Indian journal of veterinary science and animal husbandry - Volume 6,
Year: 1936
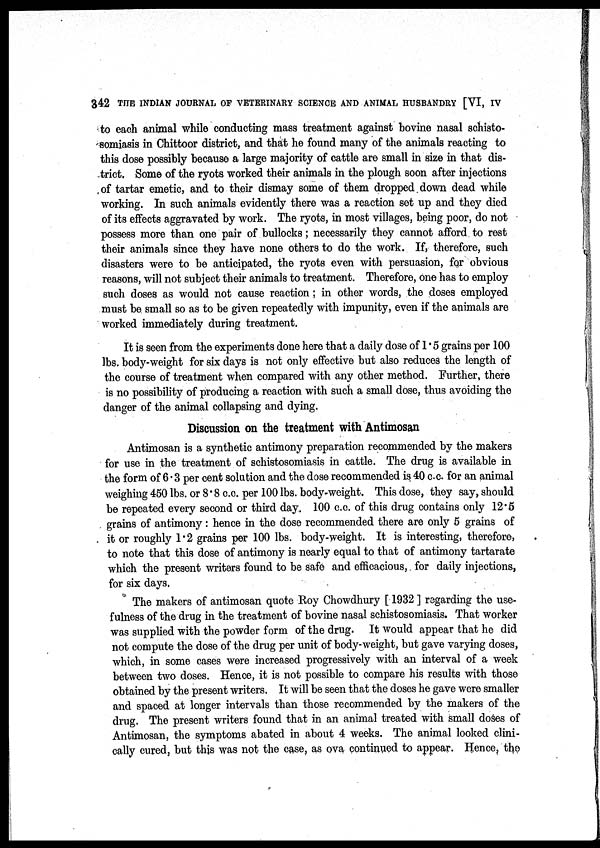
342 THE INDIAN JOURNAL OF VETERINARY SCIENCE AND ANIMAL HUSBANDRY [VI, IV
to each animal while conducting mass treatment against bovine nasal schisto-
somiasis in Chittoor district, and that he found many of the animals reacting to
this dose possibly because a large majority of cattle are small in size in that dis-
trict. Some of the ryots worked their animals in the plough soon after injections
of tartar emetic, and to their dismay some of them dropped down dead while
working. In such animals evidently there was a reaction set up and they died
of its effects aggravated by work. The ryots, in most villages, being poor, do not
possess more than one pair of bullocks; necessarily they cannot afford to rest
their animals since they have none others to do the work. If, therefore, such
disasters were to be anticipated, the ryots even with persuasion, for obvious
reasons, will not subject their animals to treatment. Therefore, one has to employ
such doses as would not cause reaction ; in other words, the doses employed
must be small so as to be given repeatedly with impunity, even if the animals are
worked immediately during treatment.
It is seen from the experiments done here that a daily dose of 1.5 grains per 100
lbs. body-weight for six days is not only effective but also reduces the length of
the course of treatment when compared with any other method. Further, there
is no possibility of producing a reaction with such a small dose, thus avoiding the
danger of the animal collapsing and dying.
Discussion on the treatment with Antimosan
Antimosan is a synthetic antimony preparation recommended by the makers
for use in the treatment of schistosomiasis in cattle. The drug is available in
the form of 6.3 per cent solution and the dose recommended is 40 c.c. for an animal
weighing 450 lbs. or 8.8 c.c. per 100 lbs. body-weight. This dose, they say, should
be repeated every second or third day. 100 c.c. of this drug contains only 12.5
grains of antimony : hence in the dose recommended there are only 5 grains of
it or roughly 1.2 grains per 100 lbs. body-weight. It is interesting, therefore,
to note that this dose of antimony is nearly equal to that of antimony tartarate
which the present writers found to be safe and efficacious, for daily injections,
for six days.
The makers of antimosan quote Roy Chowdhury [ 1932 ] regarding the use-
fulness of the drug in the treatment of bovine nasal schistosomiasis. That worker
was supplied with the powder form of the drug. It would appear that he did
not compute the dose of the drug per unit of body-weight, but gave varying doses,
which, in some cases were increased progressively with an interval of a week
between two doses. Hence, it is not possible to compare his results with those
obtained by the present writers. It will be seen that the doses he gave were smaller
and spaced at longer intervals than those recommended by the makers of the
drug. The present writers found that in an animal treated with small doses of
Antimosan, the symptoms abated in about 4 weeks. The animal looked clini-
cally cured, but this was not the case, as ova continued to appear. Hence, the